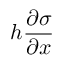
h \frac { \partial \sigma } { \partial x }